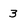
Character: 3